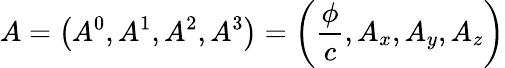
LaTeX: A=\left(A^{0},A^{1},A^{2},A^{3}\right)=\left({\frac{\phi}{c}},A_{x},A_{y},A_{z}\right)